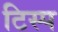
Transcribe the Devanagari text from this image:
टिस्प